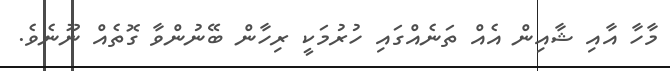
މާހާ އާއި ޝާއިން އެއް ތަނެއްގައި ހުރުމަކީ ރިހާން ބޭނުންވާ ގޮތެއް ނޫނެވެ.